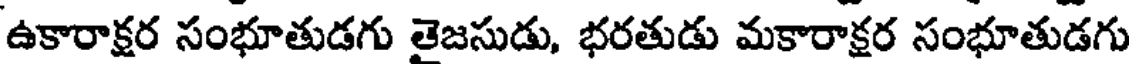
ఉకారాక్షర సంభూతుడగు తైజసుడు, భరతుడు మకారాక్షర సంభూతుడగు